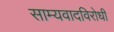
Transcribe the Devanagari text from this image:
साम्यवादविरोधी